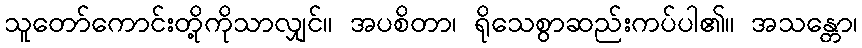
သူတော်ကောင်းတို့ကိုသာလျှင်။ အပစိတာ၊ ရိုသေစွာဆည်းကပ်ပါ၏။ အသန္တော၊